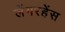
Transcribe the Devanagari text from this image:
लेंगरहेंस